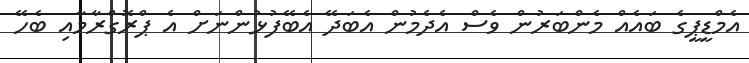
އެމްޑީޕީގެ ބައެއް މެންބަރުން ވެސް އެދެމުން އެބަދޭ އެބޭފުޅުންނަށް އެ ޕްރޮގްރާމާއި ބެހޭ